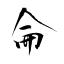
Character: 侖